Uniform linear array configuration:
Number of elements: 8
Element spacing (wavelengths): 0.75
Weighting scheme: uniform
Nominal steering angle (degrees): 0
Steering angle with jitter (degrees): -1.728
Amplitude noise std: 0.05
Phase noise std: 0.05

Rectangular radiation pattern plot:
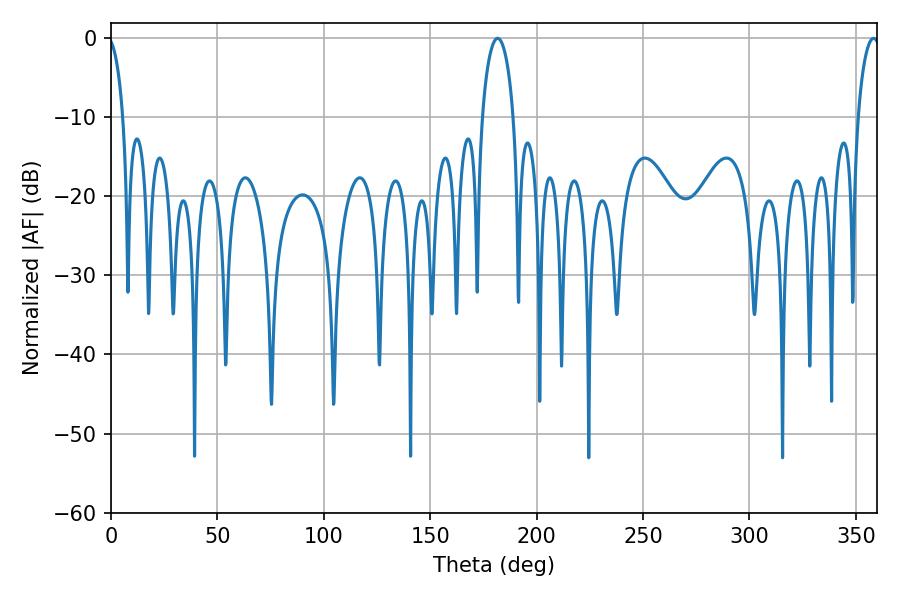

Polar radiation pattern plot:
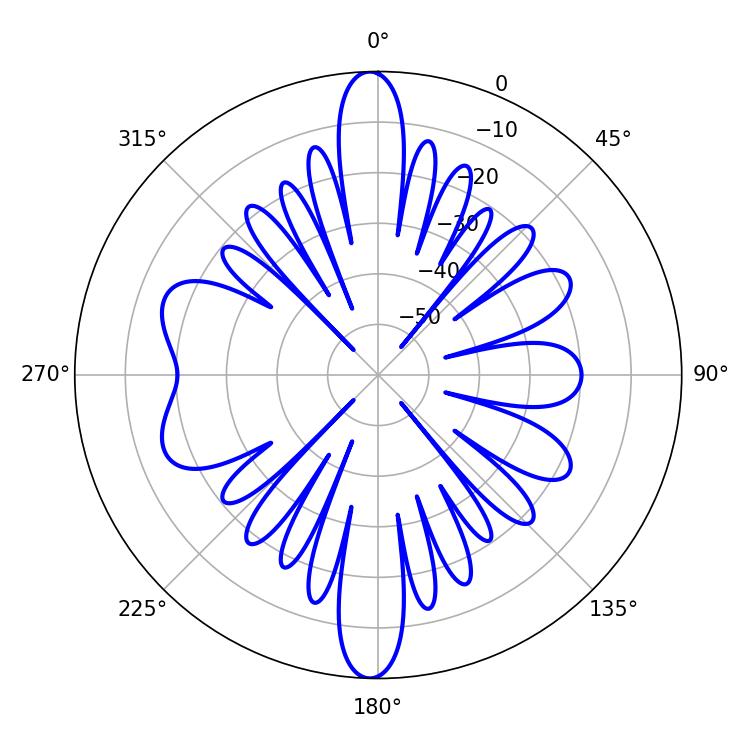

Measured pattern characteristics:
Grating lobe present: TRUE
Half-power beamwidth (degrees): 5.94
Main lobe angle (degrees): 358.38